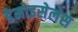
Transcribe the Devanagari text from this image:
डेमोइसेलेस